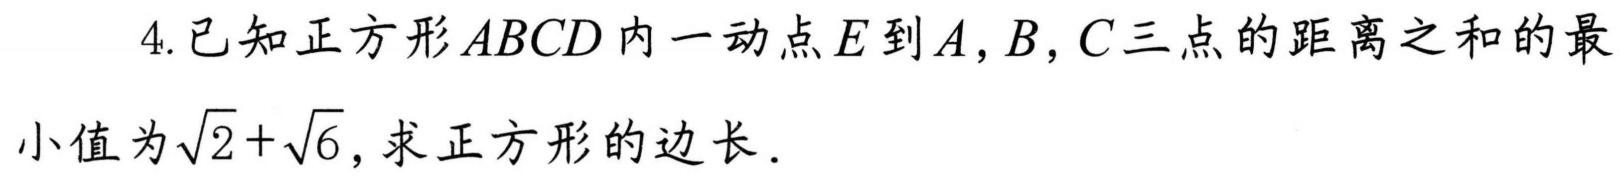
4.已知正方形\(ABCD\)内一动点\(E\)到\(A,B,C\)三点的距离之和的最
小值为\(\sqrt{2}+\sqrt{6}\)，求正方形的边长．